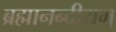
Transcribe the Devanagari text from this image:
ब्रह्मानन्दीयम्